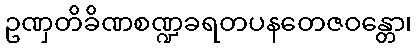
ဥဏှတိခိဏစဏ္ဍခရတပနတေဇဝန္တော၊